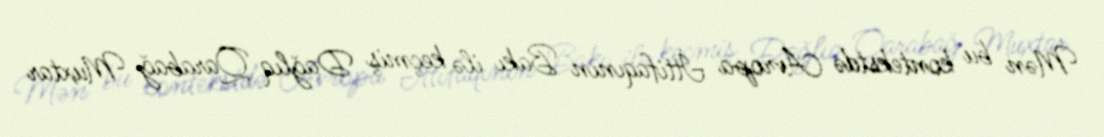
Mən bu kontekstdə Avropa İttifaqının Bakı ilə keçmiş Dağlıq Qarabağ Muxtar